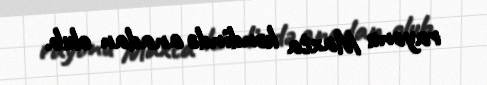
rayonu Maxta kəndində anadan olub.